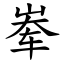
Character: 𪨶